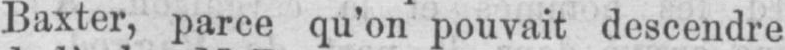
Baxter, parce qu’on pouvait descendre